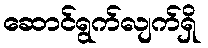
ဆောင်ရွက်လျက်ရှိ